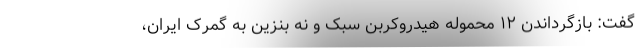
گفت: بازگرداندن ۱۲ محموله هیدروکربن سبک و نه بنزین به گمرک ایران،